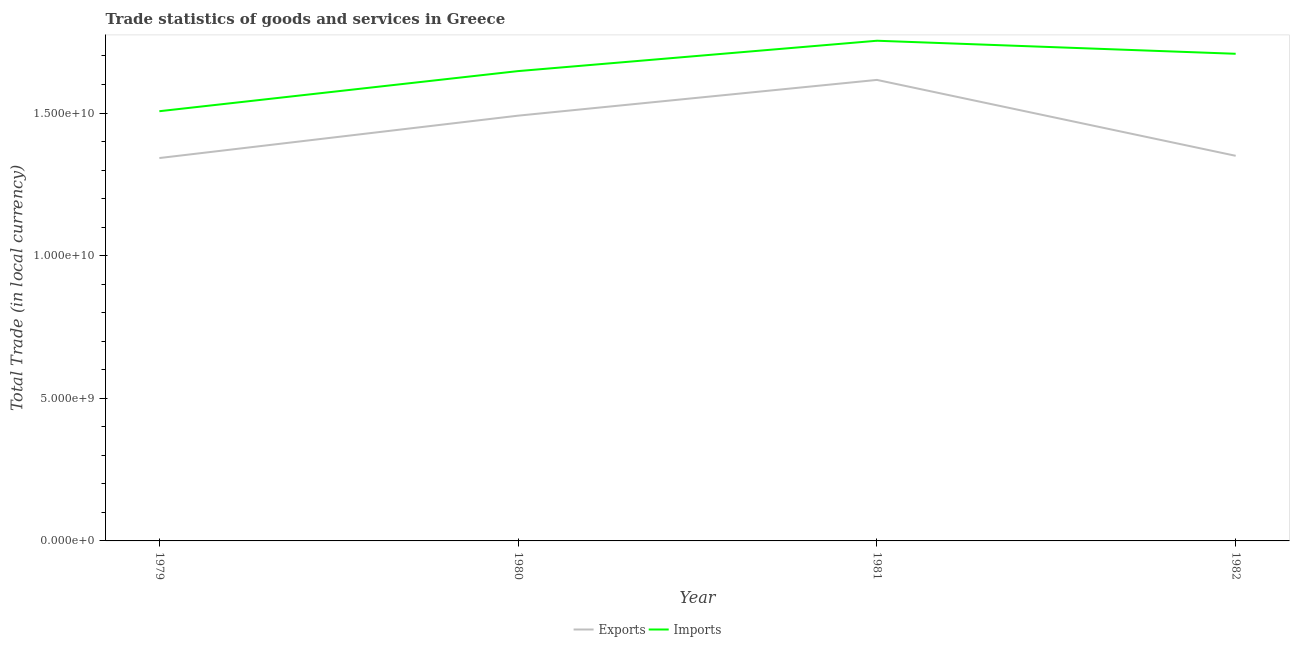
| Year | Exports | Imports |
 | --- | --- | --- |
 | 1979 | 1.34e+10 | 1.51e+10 |
 | 1980 | 1.49e+10 | 1.65e+10 |
 | 1981 | 1.62e+10 | 1.75e+10 |
 | 1982 | 1.35e+10 | 1.71e+10 |